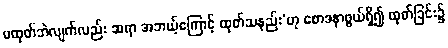
မထုတ်ဘဲလျက်လည်း ဆရာ အဘယ့်ကြောင့် ထုတ်သနည်း’ဟု စောဒနာဖွယ်ရှိ၍ ထုတ်ခြင်း၌